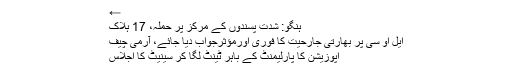
←
ہنگو: شدت پسندوں کے مرکز پر حملہ، 17 ہلاک
ایل او سی پر بھارتی جارحیت کا فوری اورمؤثرجواب دیا جائے، آرمی چیف
اپوزیشن کا پارلیمنٹ کے باہر ٹینٹ لگا کر سینیٹ کا اجلاس